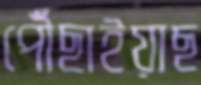
পৌঁছাইয়াছ